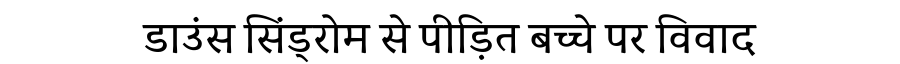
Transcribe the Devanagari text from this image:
डाउंस सिंड्रोम से पीड़ित बच्चे पर विवाद